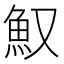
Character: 𩵎